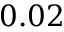
0 . 0 2